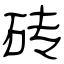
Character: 砖